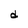
Character: d